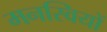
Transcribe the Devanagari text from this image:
मनस्वियों